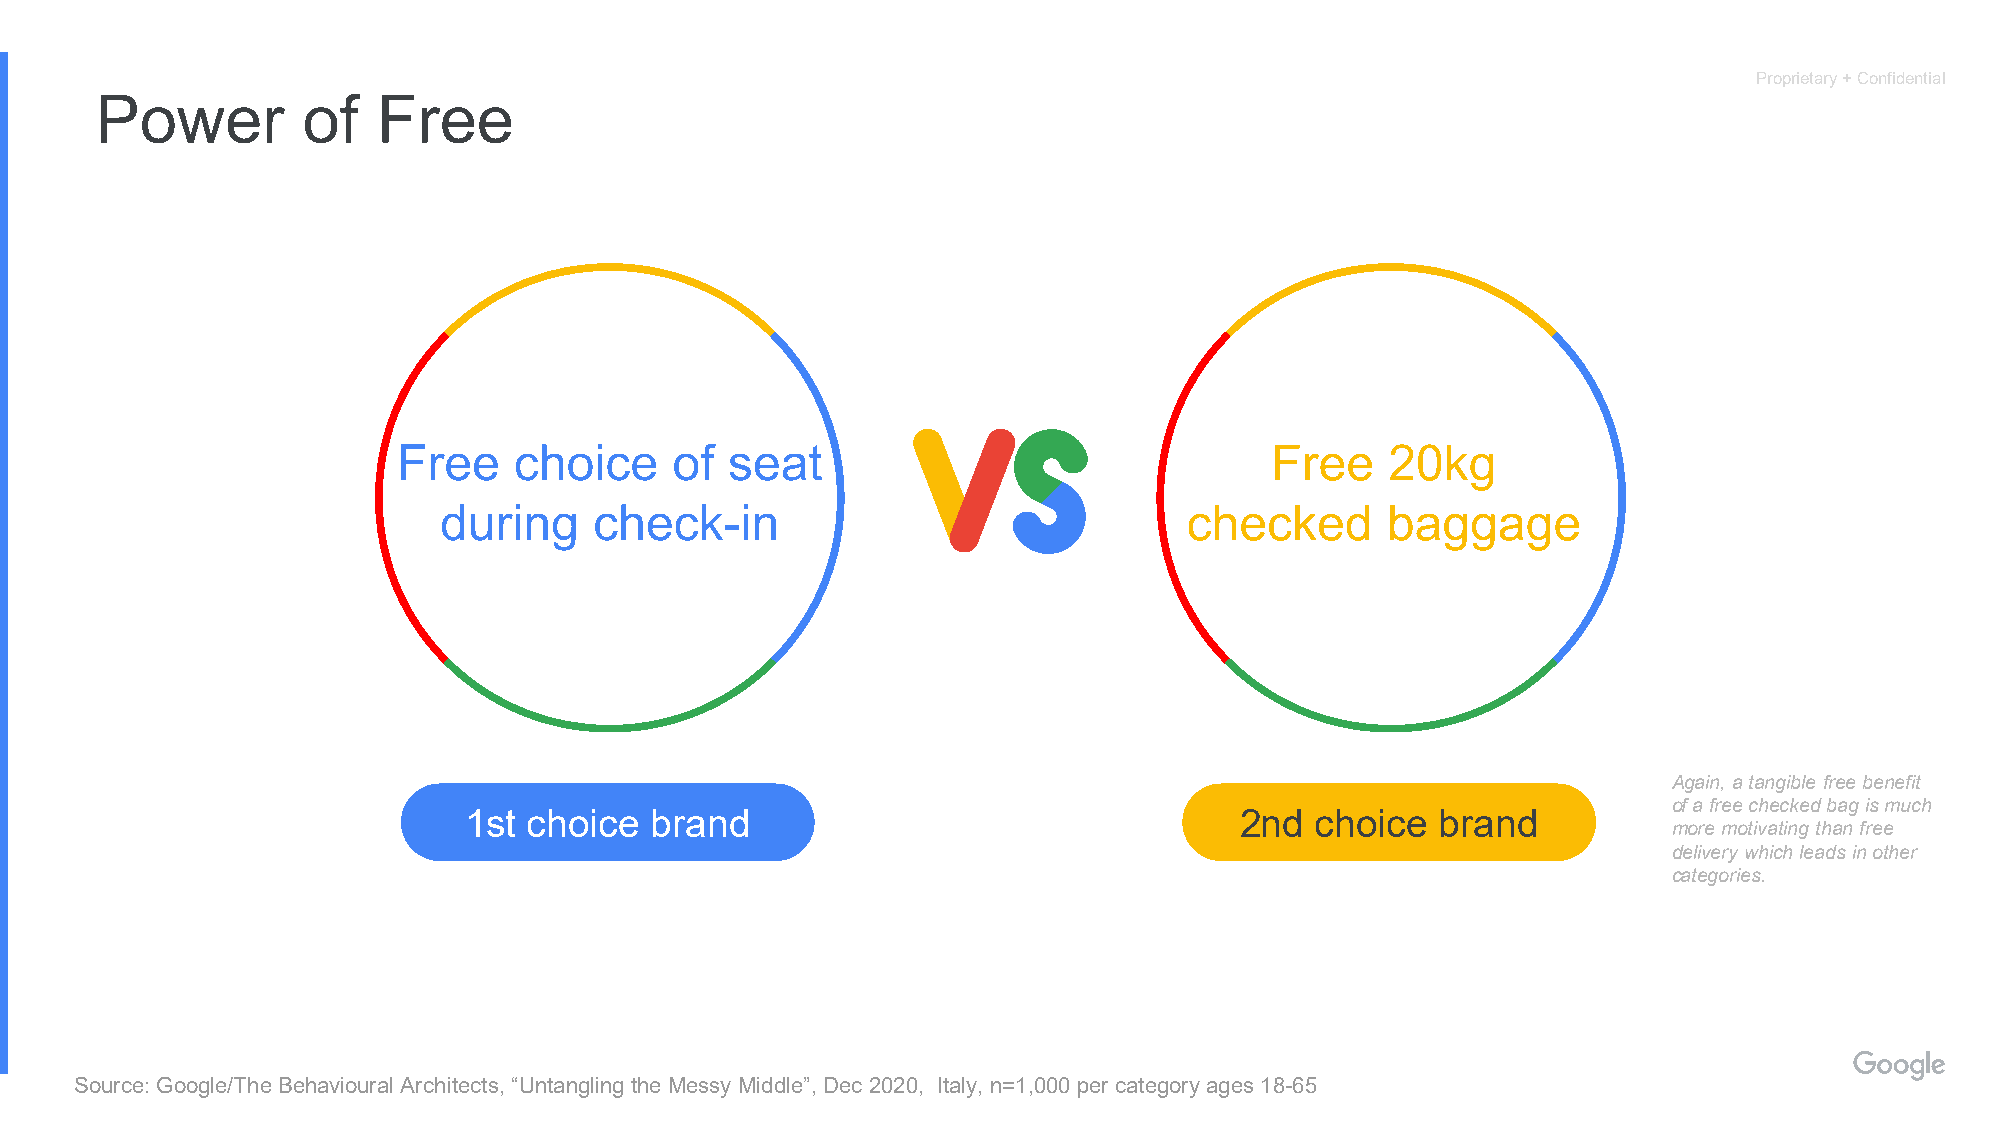
Proprietary + Confidential
 Power         of   Free
 Free    choice    of  seat                                Free    20kg
 during    check-in                                checked      baggage
 Again, a tangible free benefit
 of a free checked bag is much
 1st choice  brand                                  2nd  choice  brand
 more motivating than free
 delivery which leads in other
 categories.
 Source: Google/The Behavioural Architects, “Untangling the Messy Middle”, Dec 2020, Italy, n=1,000 per category ages 18-65